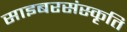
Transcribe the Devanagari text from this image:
साइबरसंस्कृति